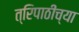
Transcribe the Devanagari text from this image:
त्रिपाठींच्या